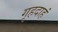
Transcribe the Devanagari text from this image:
गृहदाहं